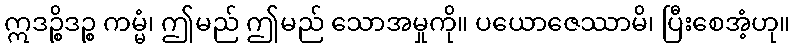
ဣဒဉ္စိဒဉ္စ ကမ္မံ၊ ဤမည် ဤမည် သောအမှုကို။ ပယောဇေဿာမိ၊ ပြီးစေအံ့ဟု။